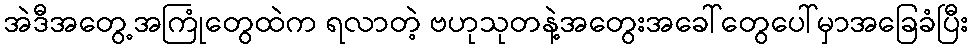
အဲဒီအတွေ့အကြုံတွေထဲက ရလာတဲ့ ဗဟုသုတနဲ့အတွေးအခေါ်တွေပေါ်မှာအခြေခံပြီး